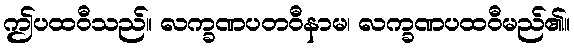
ဤပထဝီသည်။ လက္ခဏပတဝီနာမ၊ လက္ခဏပထဝီမည်၏။